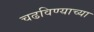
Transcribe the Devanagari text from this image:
चढविण्याच्या